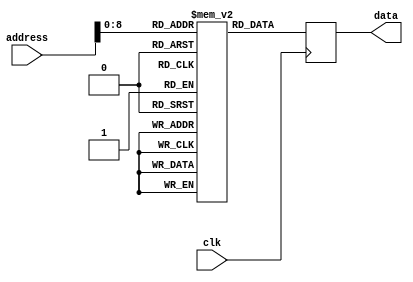
module notes(
  input clk,
  input [12:0] address,
  output reg [3:0] data
);

  reg [3:0] notes [0:273];

  initial begin
    notes[0] = 4'b0000;
    notes[1] = 4'b0000;
	 notes[2] = 4'b0000;
	 notes[3] = 4'b0000;
	 
	 notes[4] = 4'b1000; //start
	 notes[5] = 4'b0100;
	 notes[6] = 4'b0010;
    notes[7] = 4'b0001;
	 
	 notes[8] = 4'b0011;
	 notes[9] = 4'b0000;
	 notes[10] = 4'b0101;
	 notes[11] = 4'b0000;
	 
	 notes[12] = 4'b0101;
	 notes[13] = 4'b0000;
	 notes[14] = 4'b0000;
	 notes[15] = 4'b0000;
	 
	 notes[16] = 4'b0101;
	 notes[17] = 4'b0101;
	 notes[18] = 4'b1010;
	 notes[19] = 4'b0101;
	 
	 notes[20] = 4'b1010;
	 notes[21] = 4'b0101;
	 notes[22] = 4'b1010;
	 notes[23] = 4'b0101; 
	 
	 notes[24] = 4'b0101;
	 notes[25] = 4'b0100;
	 notes[26] = 4'b1001;
	 notes[27] = 4'b0000;
	 
	 notes[28] = 4'b0110;
	 notes[29] = 4'b0000;
	 notes[30] = 4'b0000;
	 notes[31] = 4'b0000;
	 
	 notes[32] = 4'b0101;
	 notes[33] = 4'b0110;
	 notes[34] = 4'b0110;
	 notes[35] = 4'b0101;
	 
	 notes[36] = 4'b1010;
	 notes[37] = 4'b0101;
	 notes[38] = 4'b0110;
	 notes[39] = 4'b1001;
	 
	 notes[40] = 4'b0101;
	 notes[41] = 4'b0000;
	 notes[42] = 4'b0101;
	 notes[43] = 4'b0110;
	 notes[44] = 4'b0000;
	 notes[45] = 4'b1010;
	 notes[46] = 4'b0101;
	 notes[47] = 4'b0000;
	 
	 
	 notes[48] = 4'b0000;
	 notes[49] = 4'b0000;
	 notes[50] = 4'b0101;
	 notes[51] = 4'b0000;
	 
	 notes[52] = 4'b1010;
	 notes[53] = 4'b0101;
	 notes[54] = 4'b0101;
	 notes[55] = 4'b0000;
	 
	 notes[56] = 4'b0001;
	 notes[57] = 4'b0000;
	 notes[58] = 4'b0110;
	 notes[59] = 4'b1001;
	 
	 notes[60] = 4'b0000;
	 notes[61] = 4'b1010;
	 notes[62] = 4'b0101;
	 notes[63] = 4'b0000;

	 notes[64] = 4'b0000;	 
	 notes[65] = 4'b0100;
	 notes[66] = 4'b0010;
	 notes[67] = 4'b1000;
	 
	 notes[68] = 4'b1000;	 
	 notes[69] = 4'b0100;
	 notes[70] = 4'b0010;
	 notes[71] = 4'b0001;
	
    notes[72] = 4'b0100;
	 notes[73] = 4'b1001;
	 notes[74] = 4'b0101;
	 notes[75] = 4'b0000;
	 
	 
	 notes[76] = 4'b0110;
	 notes[77] = 4'b0101;
	 notes[78] = 4'b1010;
	 notes[79] = 4'b0101;
		
	 notes[80] = 4'b1100;
	 notes[81] = 4'b0011;
	 notes[82] = 4'b0110;
	 notes[83] = 4'b1001;
	 
	 notes[84] = 4'b1000;
	 notes[85] = 4'b0110; 
	 notes[86] = 4'b0011;
	 notes[87] = 4'b0000;
	 
	 notes[88] = 4'b1100;
	 notes[89] = 4'b1001;
	 notes[90] = 4'b1010;
	 notes[91] = 4'b1100;
	 
	 notes[92] = 4'b0001;
	 notes[93] = 4'b1000;
	 notes[94] = 4'b0100;
	 notes[95] = 4'b0010;
	 
	 notes[96] = 4'b1100;
	 notes[97] = 4'b1001;
	 notes[98] = 4'b1010;
	 notes[99] = 4'b0100;
	 
	 notes[100] = 4'b1001;
	 notes[101] = 4'b0000;
	 notes[102] = 4'b0101;
	 notes[103] = 4'b1100;
	 
	 notes[104] = 4'b0000;
	 notes[105] = 4'b1010;
	 notes[106] = 4'b1010;
	 notes[107] = 4'b1001;
	 
notes[108] = 4'b1010;
notes[109] = 4'b0101;
notes[110] = 4'b0110;
notes[111] = 4'b1001;
notes[112] = 4'b0110;
notes[113] = 4'b0101;
notes[114] = 4'b1010;
notes[115] = 4'b0101;
notes[116] = 4'b1100;
notes[117] = 4'b0011;
notes[118] = 4'b0100;
notes[119] = 4'b1001;
notes[120] = 4'b1000;
notes[121] = 4'b0110;
notes[122] = 4'b0011;
notes[123] = 4'b0000;
notes[124] = 4'b1100;
notes[125] = 4'b1001;
notes[126] = 4'b1010;
notes[127] = 4'b1100;
notes[128] = 4'b0001;
notes[129] = 4'b1000;
notes[130] = 4'b0100;
notes[131] = 4'b0010;
notes[132] = 4'b1100;
notes[133] = 4'b1001;
notes[134] = 4'b1010;
notes[135] = 4'b0100;
notes[136] = 4'b1001;
notes[137] = 4'b0000;
notes[138] = 4'b0101;
notes[139] = 4'b1000;
notes[140] = 4'b0000;
notes[141] = 4'b1010;
notes[142] = 4'b1010;
notes[143] = 4'b1001;
notes[144] = 4'b0110;
notes[145] = 4'b0101;
notes[146] = 4'b1010;
notes[147] = 4'b0101;
notes[148] = 4'b1100;
notes[149] = 4'b0011;
notes[150] = 4'b0110;
notes[151] = 4'b1001;
notes[152] = 4'b1000;
notes[153] = 4'b0110;
notes[154] = 4'b0011;
notes[155] = 4'b0000;
notes[156] = 4'b1100;
notes[157] = 4'b1001;
notes[158] = 4'b1010;
notes[159] = 4'b1100;
notes[160] = 4'b0001;
notes[161] = 4'b1000;
notes[162] = 4'b0100;
notes[163] = 4'b0010;
notes[164] = 4'b1100;
notes[165] = 4'b1001;
notes[166] = 4'b1010;
notes[167] = 4'b0100;
notes[168] = 4'b1001;
notes[169] = 4'b0000;
notes[170] = 4'b0101;
notes[171] = 4'b1100;
notes[172] = 4'b0000;
notes[173] = 4'b1010;
notes[174] = 4'b1010;
notes[175] = 4'b1001;
notes[176] = 4'b1100;
notes[177] = 4'b1001;
notes[178] = 4'b1010;
notes[179] = 4'b0100;
notes[180] = 4'b1001;
notes[181] = 4'b0000;
notes[182] = 4'b0101;
notes[183] = 4'b1100;
notes[184] = 4'b0000;
notes[185] = 4'b1010;
notes[186] = 4'b1010;
notes[187] = 4'b1001;
notes[188] = 4'b0110;
notes[189] = 4'b0101;
notes[190] = 4'b1010;
notes[191] = 4'b0101;
notes[192] = 4'b1100;
notes[193] = 4'b0011;
notes[194] = 4'b0110;
notes[195] = 4'b1001;
notes[196] = 4'b1000;
notes[197] = 4'b0110;
notes[198] = 4'b0011;
notes[199] = 4'b0000;
notes[200] = 4'b1100;
notes[201] = 4'b1001;
notes[202] = 4'b1010;
notes[203] = 4'b1100;
notes[204] = 4'b0001;
notes[205] = 4'b1000;
notes[206] = 4'b0100;
notes[207] = 4'b0010;
notes[208] = 4'b1100;
notes[209] = 4'b1001;
notes[210] = 4'b1010;
notes[211] = 4'b0100;
notes[212] = 4'b1001;
notes[213] = 4'b0000;
notes[214] = 4'b0101;
notes[215] = 4'b1100;
notes[216] = 4'b0000;
notes[217] = 4'b1010;
notes[218] = 4'b1010;
notes[219] = 4'b1001;
notes[220] = 4'b1100;
notes[221] = 4'b1001;
notes[222] = 4'b1010;
notes[223] = 4'b0100;
notes[224] = 4'b1001;
notes[225] = 4'b0000;
notes[226] = 4'b0101;
notes[227] = 4'b1100;
notes[228] = 4'b0000;
notes[229] = 4'b1010;
notes[230] = 4'b1010;
notes[231] = 4'b1001;
notes[232] = 4'b0110;
notes[233] = 4'b0101;
notes[234] = 4'b1010;
notes[235] = 4'b0101;
notes[236] = 4'b1100;
notes[237] = 4'b0011;
notes[238] = 4'b0110;
notes[239] = 4'b1001;
notes[240] = 4'b1000;
notes[241] = 4'b0110;
notes[242] = 4'b0011;
notes[243] = 4'b0000;
notes[244] = 4'b1100;
notes[245] = 4'b1001;
notes[246] = 4'b1010;
notes[247] = 4'b1100;
notes[248] = 4'b0001;
notes[249] = 4'b1000;
notes[250] = 4'b0100;
notes[251] = 4'b0010;
notes[252] = 4'b1100;
notes[253] = 4'b1001;
notes[254] = 4'b1010;
notes[255] = 4'b0100;
notes[256] = 4'b1001;
notes[257] = 4'b0110;
notes[258] = 4'b1100;
notes[259] = 4'b0011;
notes[260] = 4'b1100;
notes[261] = 4'b1010;
notes[262] = 4'b1010;
notes[263] = 4'b1001;
notes[264] = 4'b1001; 
notes[265] = 4'b1001;
notes[266] = 4'b0110;
notes[267] = 4'b1000;
notes[268] = 4'b0110;
notes[269] = 4'b1001;
notes[270] = 4'b1100;
notes[271] = 4'b1010;
notes[272] = 4'b1001;
notes[273] = 4'b1001; 
  end	
 

  always @(posedge clk) begin
    data = notes[address];
  end

endmodule